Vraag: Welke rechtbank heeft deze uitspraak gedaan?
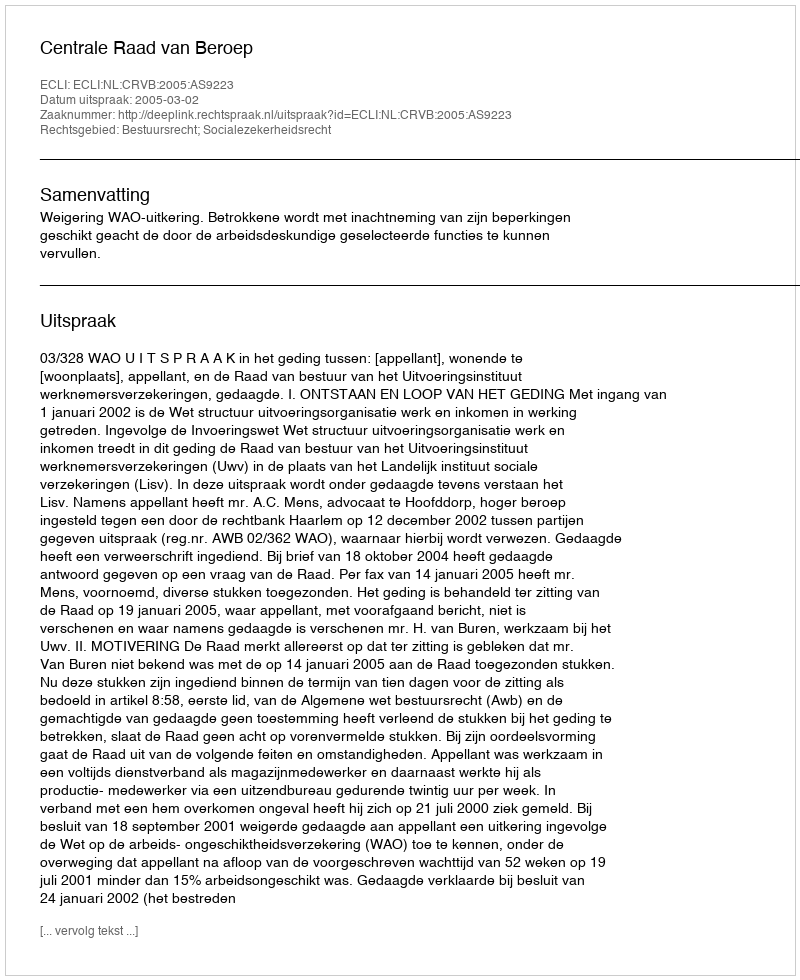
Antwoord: Centrale Raad van Beroep